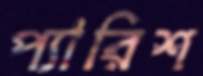
প্যারিশ